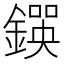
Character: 𨫰